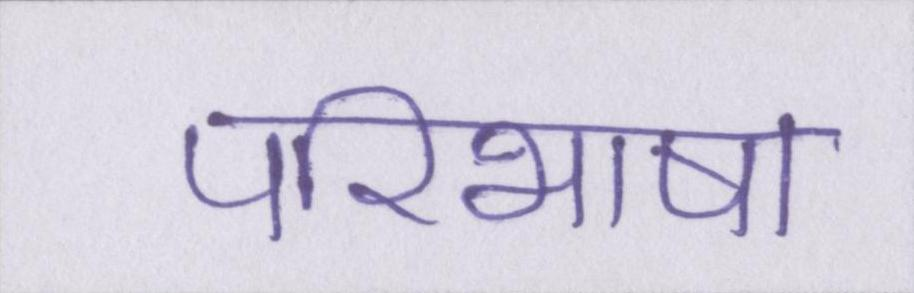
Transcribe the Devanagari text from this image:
परिभाषा